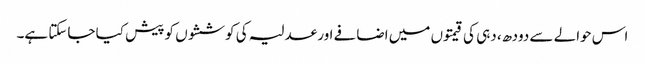
اس حوالے سے دودھ، دہی کی قیمتوں میں اضافے اور عدلیہ کی کوششوں کو پیش کیا جاسکتا ہے۔